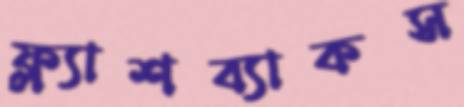
ফ্ল্যাশব্যাকস